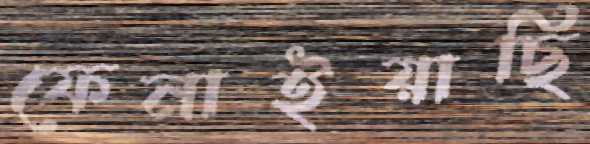
ফেনাইয়াছি